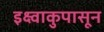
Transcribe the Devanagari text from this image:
इक्ष्वाकुपासून